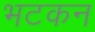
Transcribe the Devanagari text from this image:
भटकन